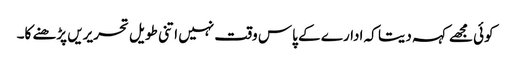
کوئی مجھے کہہ دیتا کہ ادارے کے پاس وقت نہیں اتنی طویل تحریریں پڑھنے کا۔